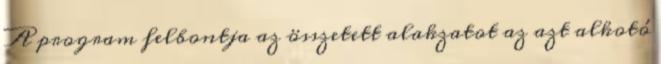
A program felbontja az összetett alakzatot az azt alkotó